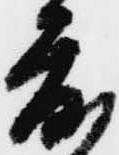
度